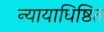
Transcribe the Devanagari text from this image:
न्यायाधिष्ठित